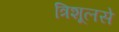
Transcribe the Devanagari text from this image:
त्रिशूलसे